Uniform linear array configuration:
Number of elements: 8
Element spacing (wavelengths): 0.5
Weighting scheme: hann
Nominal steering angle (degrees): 45
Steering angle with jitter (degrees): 43.192
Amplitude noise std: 0.05
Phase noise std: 0.05

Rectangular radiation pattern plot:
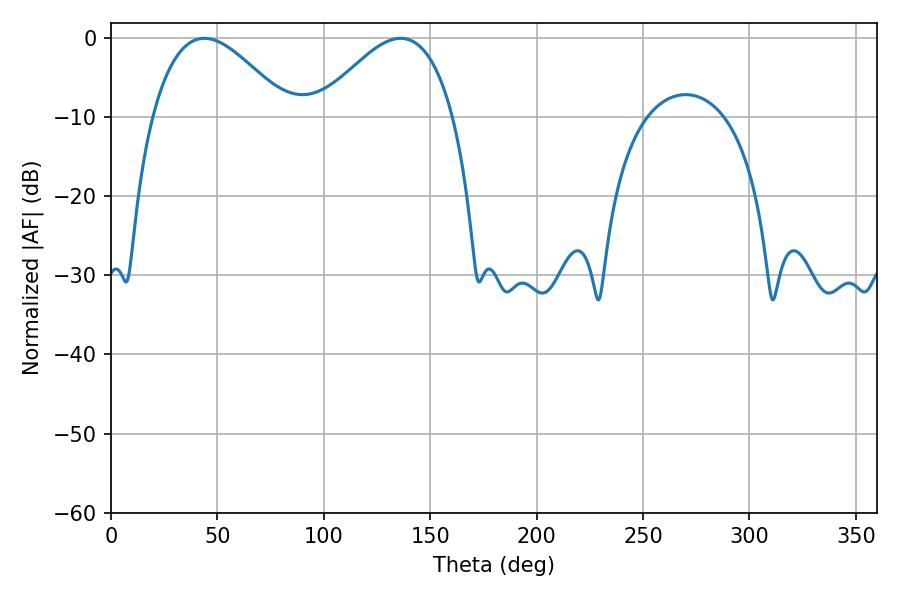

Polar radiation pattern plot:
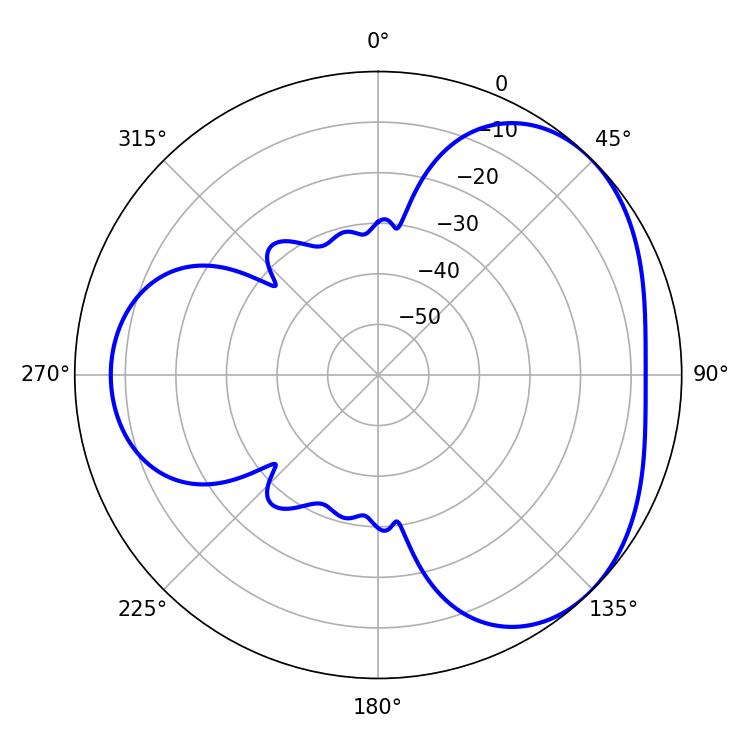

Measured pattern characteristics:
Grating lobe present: FALSE
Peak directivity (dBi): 3.651
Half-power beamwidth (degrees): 34.56
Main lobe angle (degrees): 43.92